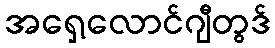
အရှေ့လောင်ဂျီတွဒ်